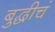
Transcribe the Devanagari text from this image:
बुद्धीचं